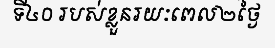
ទី៤០ របស់ខ្លួនរយៈពេល២ថ្ងៃ